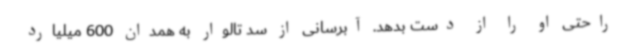
راحتی او را از دست بدهد. آبرسانی از سد تالوار به همدان 600 میلیارد